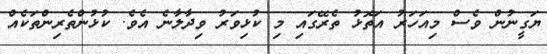
ޔަގީނުން ވެސް މިއަހަރު އަތޮޅު ތެރޭގައި މި ކުޅިވަރު ވިދާލާނެ އެވެ. ކުޅުންތެރިންތަކެއް